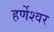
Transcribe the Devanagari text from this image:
हर्णेश्वर